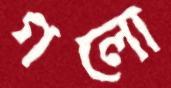
গলো